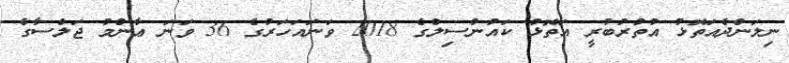
ނިލަންދެއަތޮޅު އުތުރުބުރީ އަތޮޅު ކައުންސިލްގެ 2018 ވަނައަހަރުގެ 36 ވަނަ ޢާންމު ޖަލްސާގެ